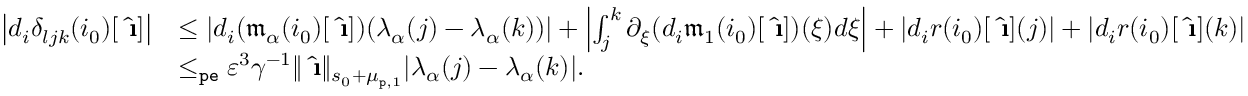
\begin{array} { r l } { \left| d _ { i } \delta _ { l j k } ( i _ { 0 } ) [ \hat { \textbf { \i } } ] \right| } & { \le \left| d _ { i } ( \mathfrak { m } _ { \alpha } ( i _ { 0 } ) [ \hat { \textbf { \i } } ] ) ( \lambda _ { \alpha } ( j ) - \lambda _ { \alpha } ( k ) ) \right| + \left| \int _ { j } ^ { k } \partial _ { \xi } ( d _ { i } \mathfrak { m } _ { 1 } ( i _ { 0 } ) [ \hat { \textbf { \i } } ] ) ( \xi ) d \xi \right| + | d _ { i } r ( i _ { 0 } ) [ \hat { \textbf { \i } } ] ( j ) | + | d _ { i } r ( i _ { 0 } ) [ \hat { \textbf { \i } } ] ( k ) | } \\ & { \le _ { \mathtt { p e } } \varepsilon ^ { 3 } \gamma ^ { - 1 } \rVert \hat { \textbf { \i } } \rVert _ { s _ { 0 } + \mu _ { \mathtt { p } , 1 } } | \lambda _ { \alpha } ( j ) - \lambda _ { \alpha } ( k ) | . } \end{array}